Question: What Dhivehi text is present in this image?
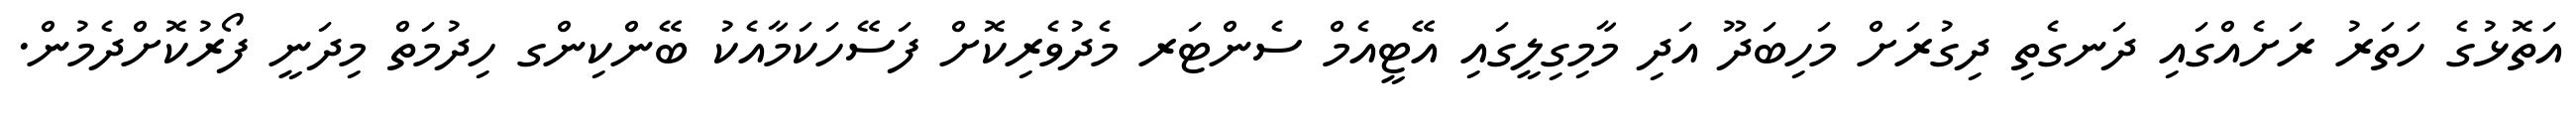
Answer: އަތޮޅުގެ ހަތަރު ރަށެއްގައި ދަނގެތި ދިގުރަށް މަހިބަދޫ އަދި މާމިގިލީގައި އޭޓީއެމް ސެންޓަރ މެދުވެރިކޮށް ފަސޭހަކަމާއެކު ބޭންކިންގ ހިދުމަތް މިދަނީ ފޯރުކޮށްދެމުން.